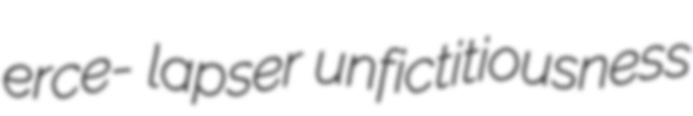
erce- lapser unfictitiousness